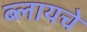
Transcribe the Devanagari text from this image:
ब्लायचे